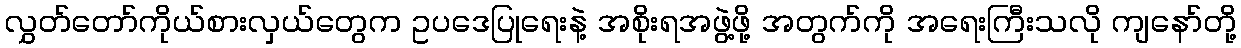
လွှတ်တော်ကိုယ်စားလှယ်တွေက ဥပဒေပြုရေးနဲ့ အစိုးရအဖွဲ့ဖို့ အတွက်ကို အရေးကြီးသလို ကျနော်တို့